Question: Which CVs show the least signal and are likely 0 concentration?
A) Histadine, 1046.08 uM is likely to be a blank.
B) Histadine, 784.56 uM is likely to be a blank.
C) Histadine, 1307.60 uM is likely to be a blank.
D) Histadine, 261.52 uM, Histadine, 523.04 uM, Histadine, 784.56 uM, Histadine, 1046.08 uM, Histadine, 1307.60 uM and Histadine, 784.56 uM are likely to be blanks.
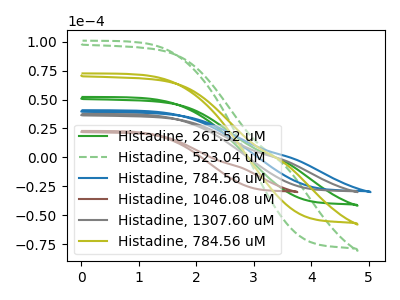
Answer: <think>The green curve "Histadine, 261.52 uM" has no peaks. The green dashed curve "Histadine, 523.04 uM" has no peaks. The blue curve "Histadine, 784.56 uM" has no peaks. The brown curve "Histadine, 1046.08 uM" has no peaks. The gray curve "Histadine, 1307.60 uM" has no peaks. The olive curve "Histadine, 784.56 uM" has no peaks.</think>
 <answer>D) "Histadine, 261.52 uM", "Histadine, 523.04 uM", "Histadine, 784.56 uM", "Histadine, 1046.08 uM", "Histadine, 1307.60 uM" and "Histadine, 784.56 uM" are likely to be blanks.</answer>
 <eval>D</eval>